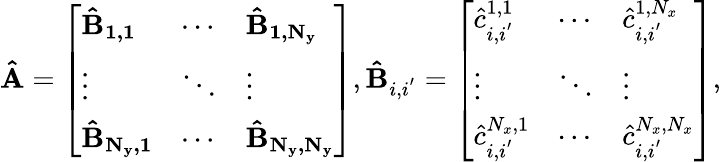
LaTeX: \mathbf{\hat{A}}=\left[\begin{array}{lll}{\mathbf{\hat{B}_{1,1}}}&{\cdots}&{\mathbf{\hat{B}_{1,N_{y}}}}\\ {\vdots}&{\ddots}&{\vdots}\\ {\mathbf{\hat{B}_{N_{y},1}}}&{\cdots}&{\mathbf{\hat{B}_{N_{y},N_{y}}}}\end{array}\right],\mathbf{\hat{B}}_{i,i^{'}}=\left[\begin{array}{lll}{\hat{c}_{i,i^{'}}^{1,1}}&{\cdots}&{\hat{c}_{i,i^{'}}^{1,N_{x}}}\\ {\vdots}&{\ddots}&{\vdots}\\ {\hat{c}_{i,i^{'}}^{N_{x},1}}&{\cdots}&{\hat{c}_{i,i^{'}}^{N_{x},N_{x}}}\end{array}\right],